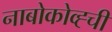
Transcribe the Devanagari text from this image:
नाबोकोव्ह्ची